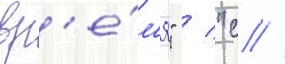
вр'е́м'я" / "с //